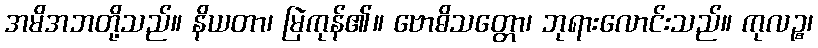
အမိအဘတို့သည်။ နိယတာ၊ မြဲကုန်၏။ ဗောဓိသတ္တော၊ ဘုရားလောင်းသည်။ ကုလဉ္စ၊